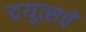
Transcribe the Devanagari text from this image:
दयूत्सचें